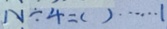
N \div 4 = ( ) \cdots 1